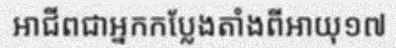
អាជីពជាអ្នកកប្លែងតាំងពីអាយុ១៧